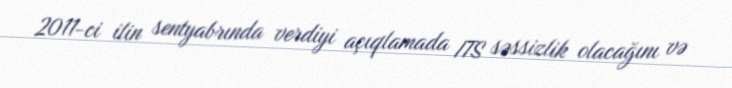
2011-ci ilin sentyabrında verdiyi açıqlamada ITS səssizlik olacağını və